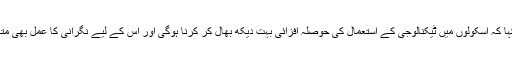
انہوں نے مزید کہا کہ اسکولوں میں ٹیکنالوجی کے استعمال کی حوصلہ افزائی بہت دیکھ بھال کر کرنا ہوگی اور اس کے لیے نگرانی کا عمل بھی متعارف کرانا ہوگا۔